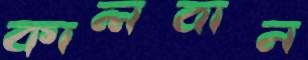
কালবান